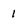
Character: 1